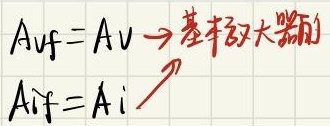
基极放大器的
\[
\begin{align*}
A_{vf}&=A_{v}\to \\
A_{if}&=A_{i}
\end{align*}
\]